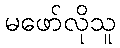
မဖော်လိုသူ